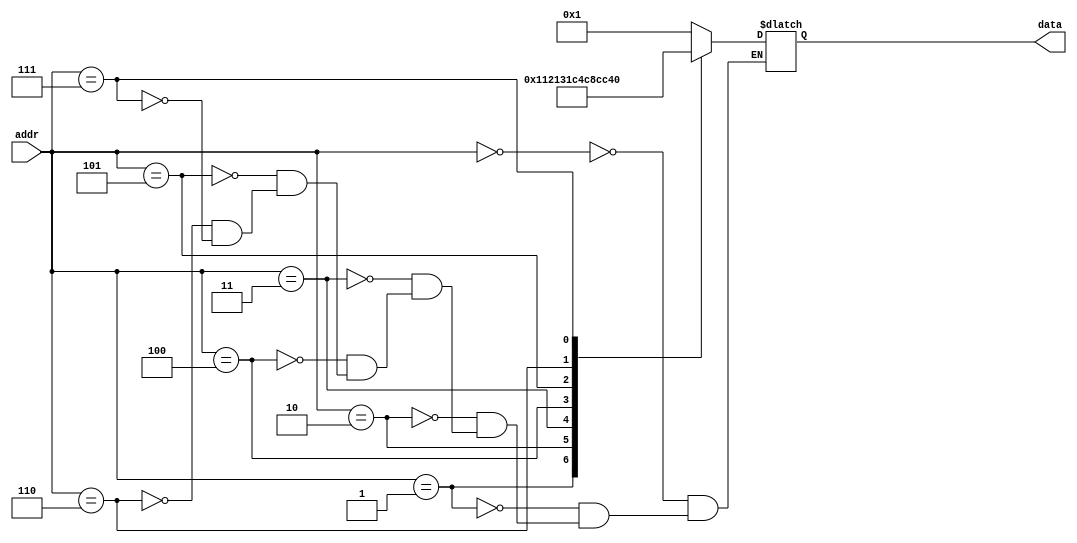
module ROM(addr,data);


input [3:0] addr;
output reg [7:0] data;
parameter [3:0] S0= 8'd0, S1 = 8'd1, S2 = 8'd2,S3 =  8'd3, S4 =  8'd4, S5 =  8'd5,  S6 =  8'd6, S7 =  8'd7, S8 =  8'd8, S9 =  8'd9,
	S10= 8'd10, S11 = 8'd11, S12 = 8'd12,S13 =  8'd13, S14 =  8'd14, S15 =  8'd15;
always@(*)begin
	case(addr)
		S0: data = 8'b00000001;
		
		S1: data = 8'b00010001;
		
		S2: data = 8'b00100001;
		
		S3: data = 8'b00110001;
		
		S4: data = 8'b11000100; //1+1
		
		S5: data = 8'b11001000; //2+1
		
		S6: data = 8'b11001100; //3+1
		
		S7: data = 8'b01000000;
		
		
	default:begin end
	
	endcase
end

endmodule